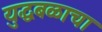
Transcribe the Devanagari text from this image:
युद्धबळाचा